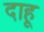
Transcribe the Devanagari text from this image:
दाहू